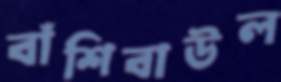
বাঁশিবাউল